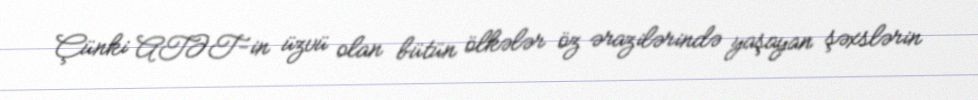
Çünki ATƏT-in üzvü olan bütün ölkələr öz ərazilərində yaşayan şəxslərin